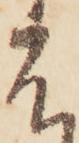
度